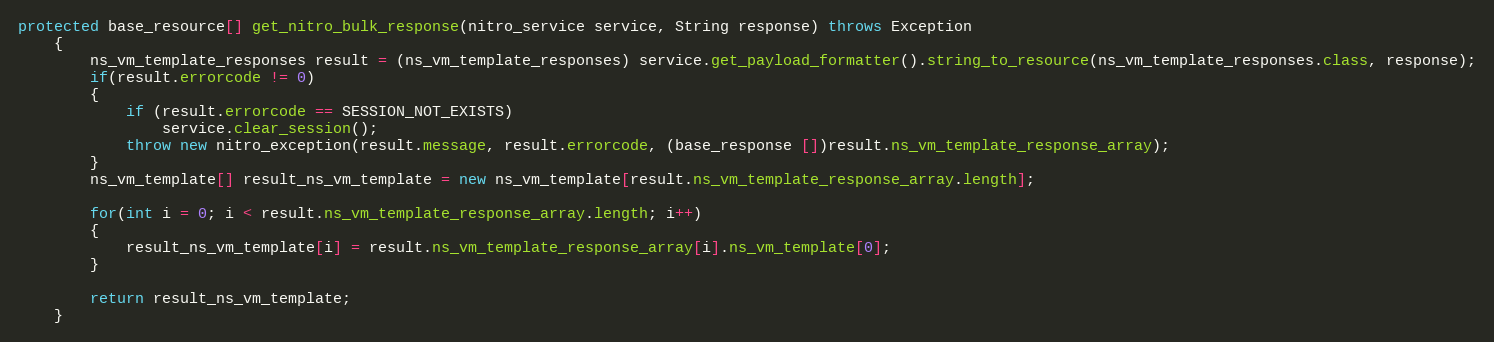
Language: Java
protected base_resource[] get_nitro_bulk_response(nitro_service service, String response) throws Exception
	{
		ns_vm_template_responses result = (ns_vm_template_responses) service.get_payload_formatter().string_to_resource(ns_vm_template_responses.class, response);
		if(result.errorcode != 0)
		{
			if (result.errorcode == SESSION_NOT_EXISTS)
				service.clear_session();
			throw new nitro_exception(result.message, result.errorcode, (base_response [])result.ns_vm_template_response_array);
		}
		ns_vm_template[] result_ns_vm_template = new ns_vm_template[result.ns_vm_template_response_array.length];

		for(int i = 0; i < result.ns_vm_template_response_array.length; i++)
		{
			result_ns_vm_template[i] = result.ns_vm_template_response_array[i].ns_vm_template[0];
		}

		return result_ns_vm_template;
	}